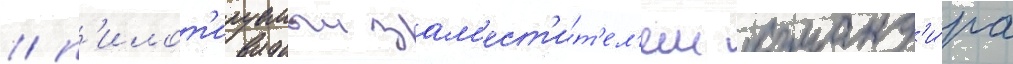
/ п'илот'ируемыи зам'ест'и́т'ел'ем команд'и́ра